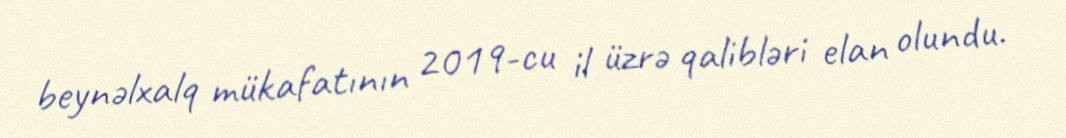
beynəlxalq mükafatının 2019-cu il üzrə qalibləri elan olundu.